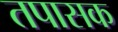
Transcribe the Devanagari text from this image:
तपासक